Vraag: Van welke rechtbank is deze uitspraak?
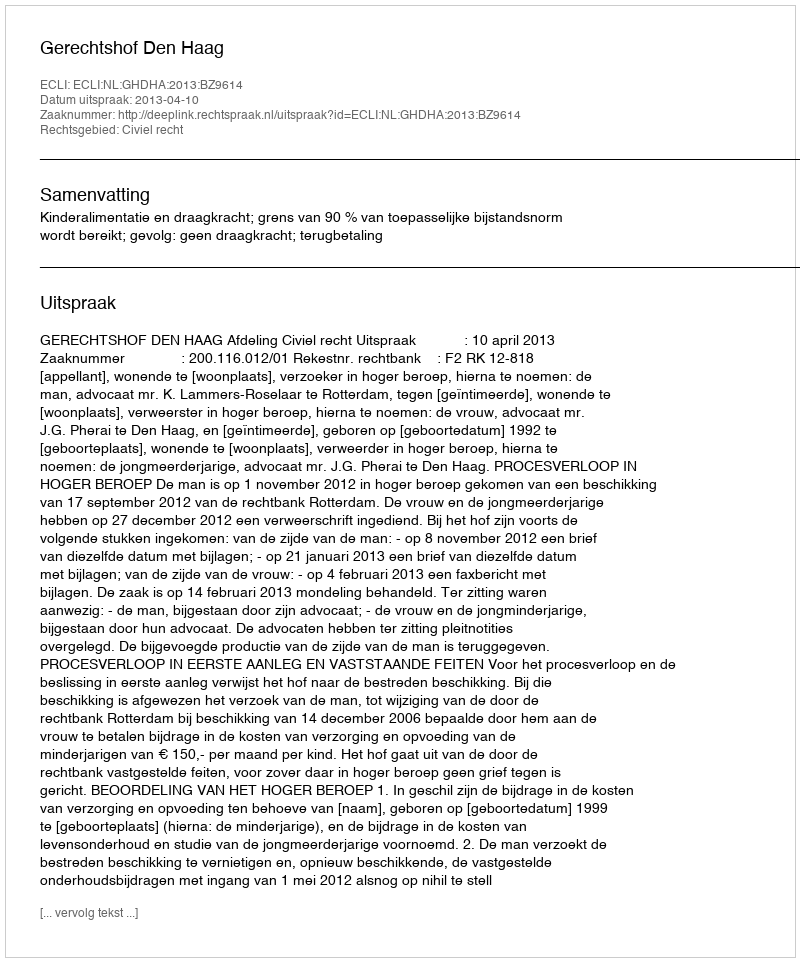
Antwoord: Gerechtshof Den Haag